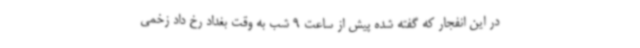
در این انفجار که گفته شده پیش از ساعت 9 شب به وقت بغداد رخ داد زخمی